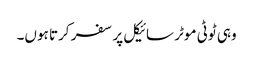
وہی ٹوٹی موٹر سائیکل پر سفر کرتا ہوں۔